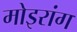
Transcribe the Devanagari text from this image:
मोइरांग